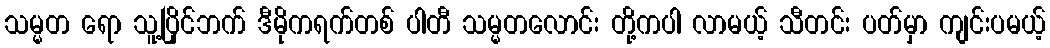
သမ္မတ ရော သူ့ပြိုင်ဘက် ဒီမိုကရက်တစ် ပါတီ သမ္မတလောင်း တို့ကပါ လာမယ့် သီတင်း ပတ်မှာ ကျင်းပမယ့်